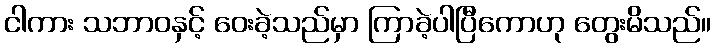
ငါကား သဘာဝနှင့် ဝေးခဲ့သည်မှာ ကြာခဲ့ပါပြီကောဟု တွေးမိသည်။